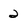
Character: 2